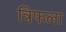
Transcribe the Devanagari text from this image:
त्रिफला